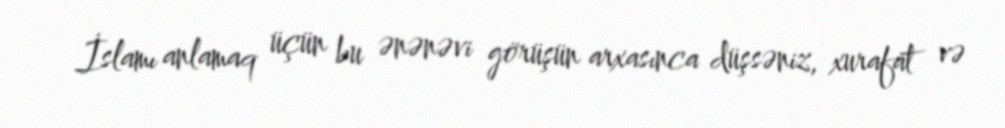
İslamı anlamaq üçün bu ənənəvi görüşün arxasınca düşsəniz, xurafat və